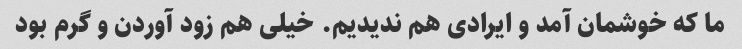
ما که خوشمان آمد و ایرادی هم ندیدیم. خیلی هم زود آوردن و گرم بود